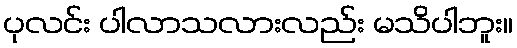
ပုလင်း ပါလာသလားလည်း မသိပါဘူး။